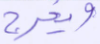
ويخرج